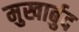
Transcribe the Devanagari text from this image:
मुखार्बुद